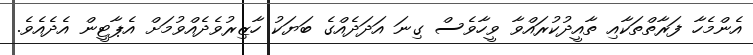
އެންމެހާ ފަރާތްތަކާއި ތާއީދުކުރައްވާ ވީހާވެސް ގިނަ އަދަދެއްގެ ބަޔަކު ހާޒިރުވެދެއްވުމަށް އެޕާޓީން އެދެއެވެ.